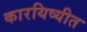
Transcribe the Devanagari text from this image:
कारयिष्यीत